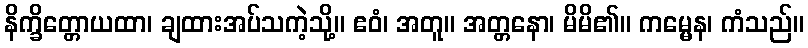
နိက္ခိတ္တောယထာ၊ ချထားအပ်သကဲ့သို့။ ဧဝံ၊ အတူ။ အတ္တနော၊ မိမိ၏။ ကမ္မေန၊ ကံသည်။